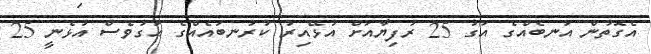
އެގޮތުން އަނބެއްގެ އަގު 25 ރުފިޔާއަށް އުޅޭއިރު ކުރުނބައެއްގެ އަގުވެސް އުޅެނީ 25